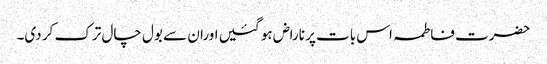
حضرت فاطمہ اس بات پر ناراض ہو گئیں اوران سے بول چال ترک کر دی۔